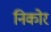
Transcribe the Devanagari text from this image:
निकोर